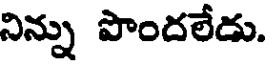
నిన్ను పొందలేడు.